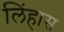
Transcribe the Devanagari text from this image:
लिंहास